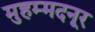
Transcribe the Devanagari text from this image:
मुहम्मदनूर